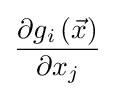
{\frac {\partial g_{i}\left({\vec {x}}\right)}{\partial x_{j}}}